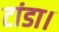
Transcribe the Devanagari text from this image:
टांडा।